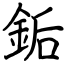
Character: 銗